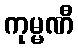
ကုမ္မဏီ